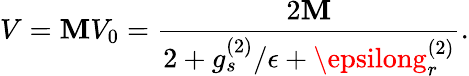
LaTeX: V=\mathbf{M}V_{0}=\frac{{2\mathbf{M}}}{{2+g_{s}^{(2)}/\epsilon+\epsilong_{r}^{(2)}}}.